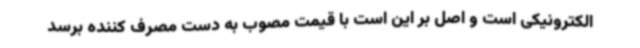
الکترونیکی است و اصل بر این است با قیمت مصوب به دست مصرف کننده برسد